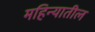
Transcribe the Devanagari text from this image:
महिन्‍यातील